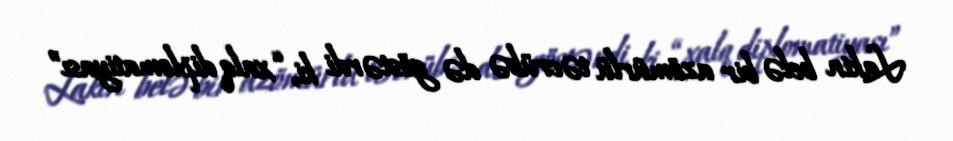
Lakin belə bir azömürlü təcrübə də göstərdi ki, “xalq diplomatiyası”